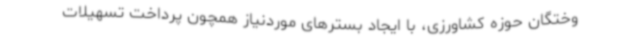
وختگان حوزه کشاورزی، با ایجاد بسترهای موردنیاز همچون پرداخت تسهیلات